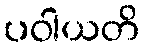
ပဝါယတိ